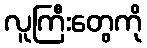
လူကြီးတွေကို